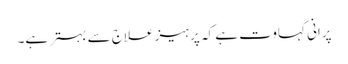
پرانی کہاوت ہے کہ پرہیز علاج سے بہتر ہے۔